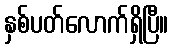
နှစ်ပတ်လောက်ရှိပြီ။